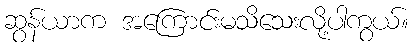
ဆွန်ယာက အကြောင်းမသိသေးလို့ပါကွယ်။